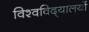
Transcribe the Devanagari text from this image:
विश्‍वविद्‌यालयों